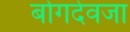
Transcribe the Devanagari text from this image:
बोगदेवजा